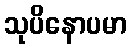
သုပိနောပမာ